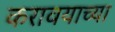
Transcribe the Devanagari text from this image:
करावयाच्‍या